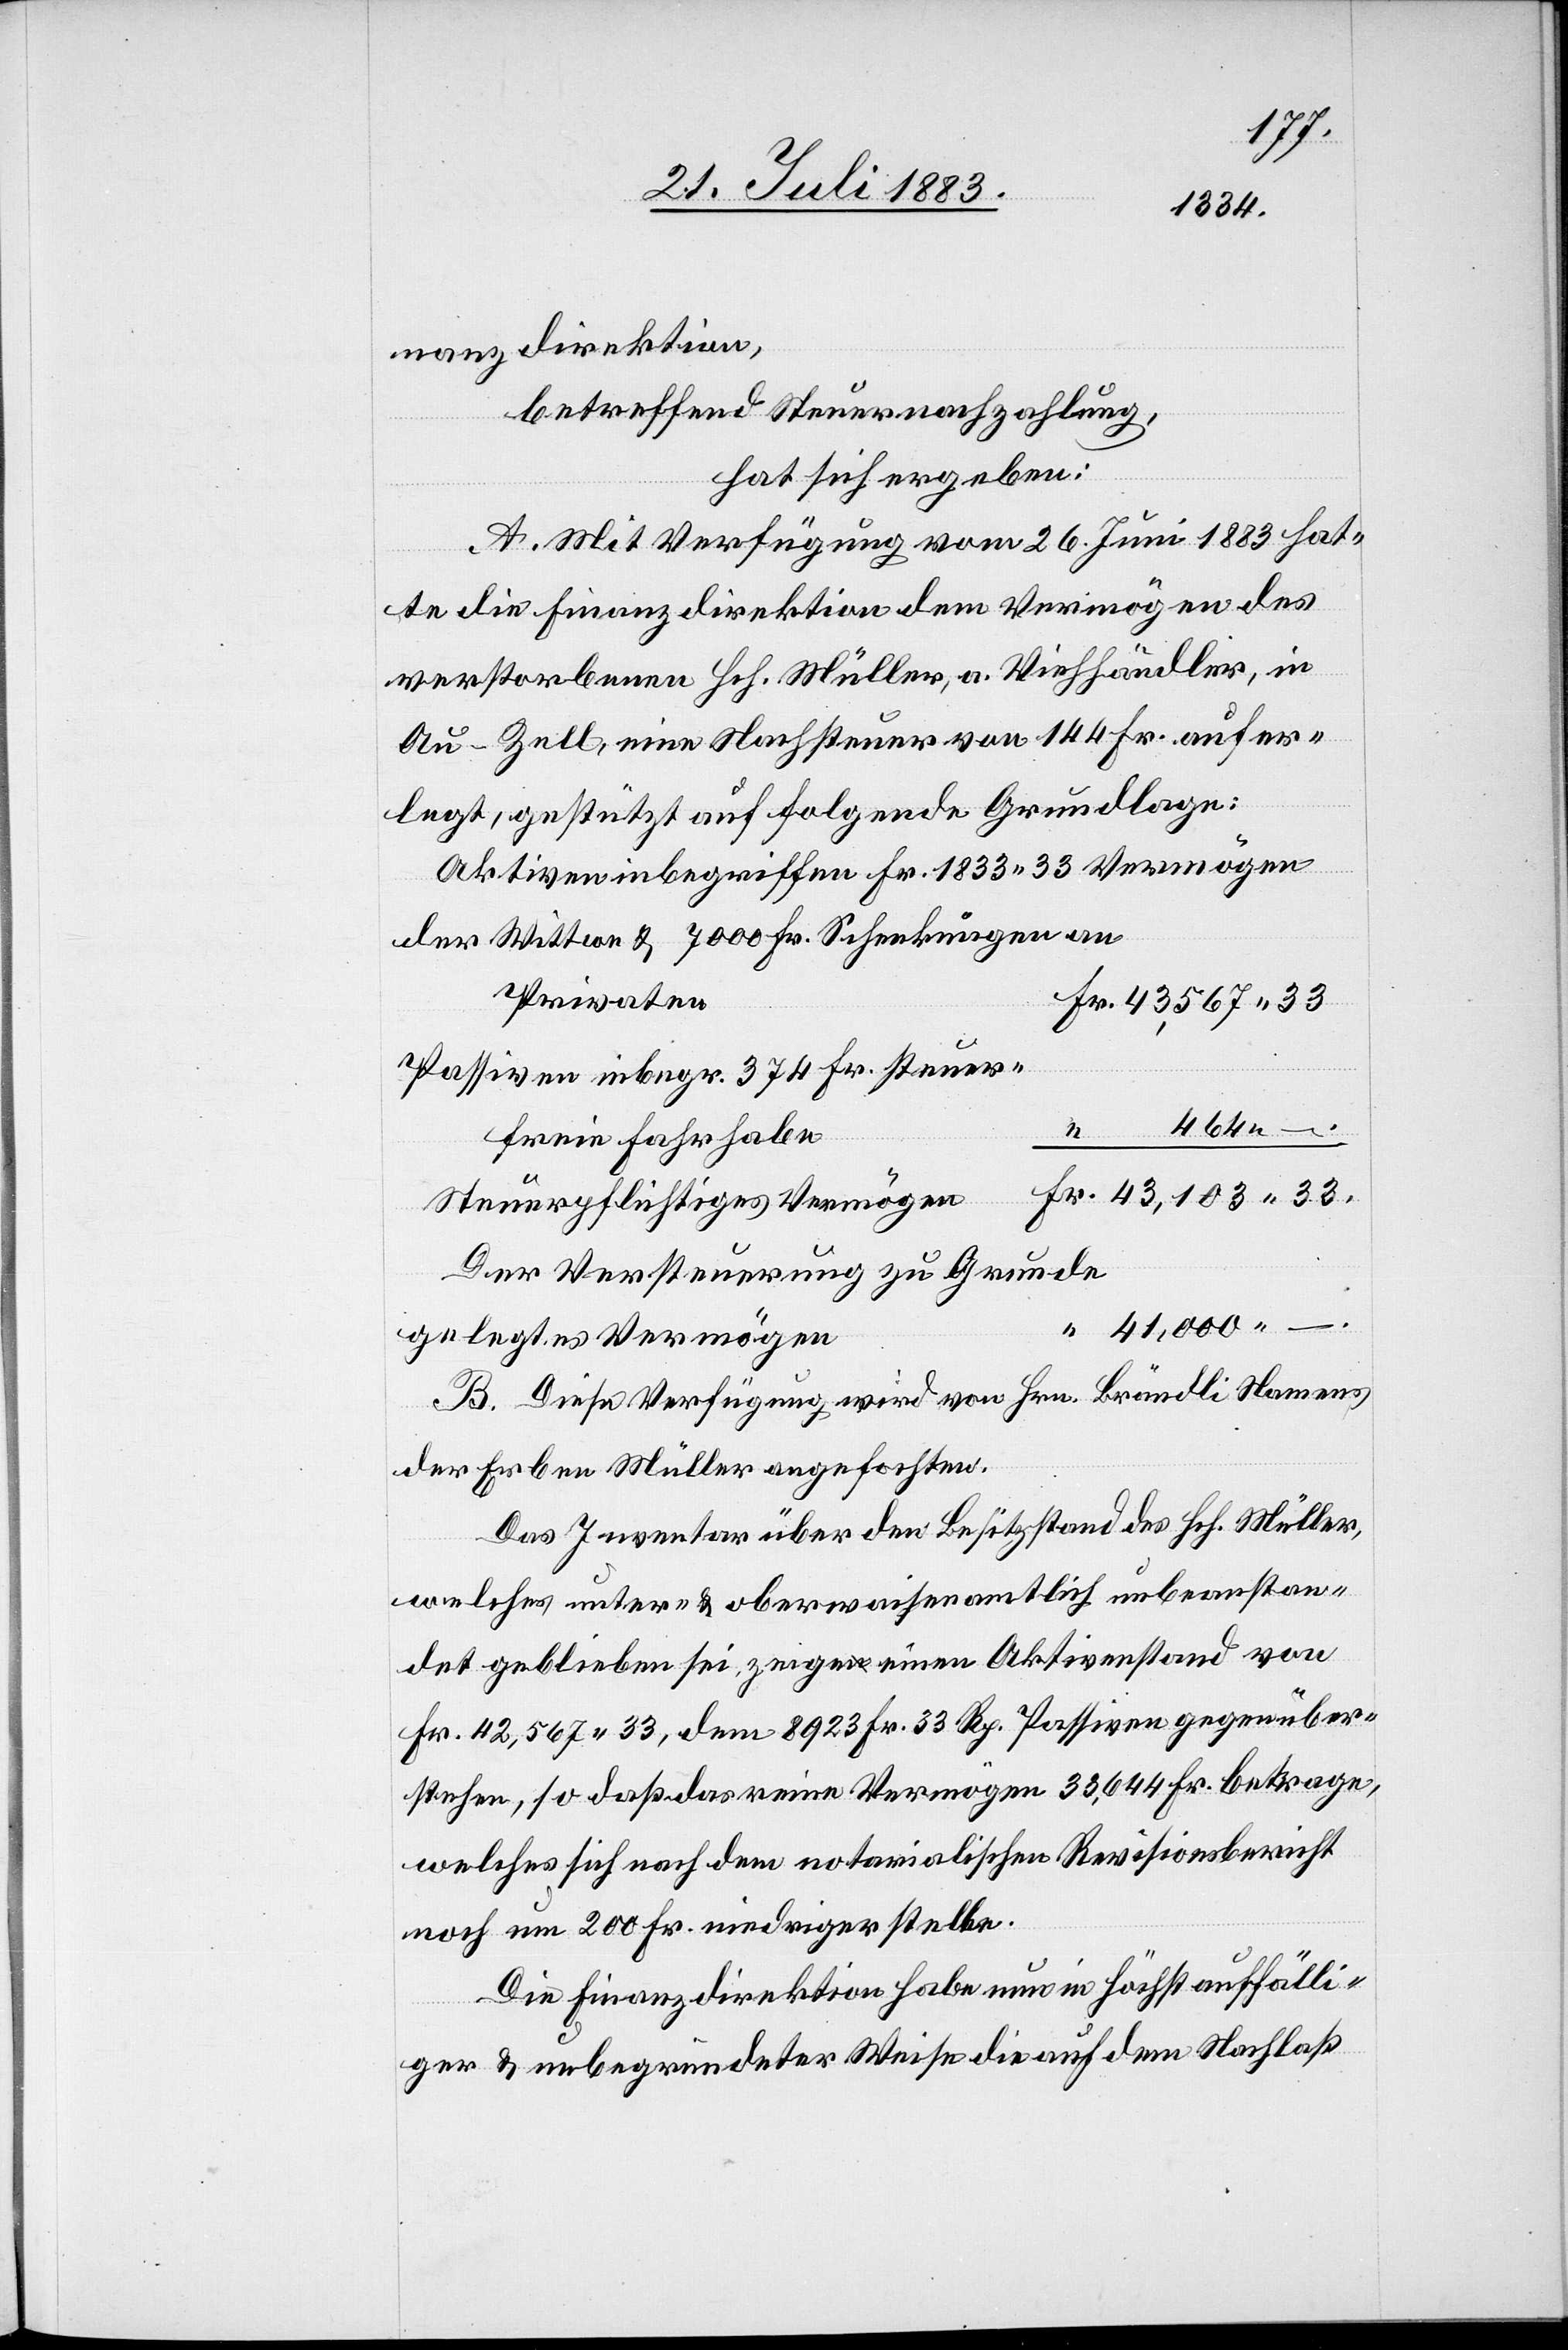
nanzdirektion,
betreffend Steuernachzahlung,
hat sich ergeben:
A. Mit Verfügung vom 26. Juni 1883 hat¬
Fr.
te die Finanzdirektion dem Vermögen des
verstorbenen Hch. Müller, a. Viehhändler, in
Au - Zell, eine Nachsteuer von 144 Fr. aufer¬
legt, gestützt auf folgende Grundlage:
Aktiven inbegriffen Fr. 1833 33 Vermögen
der Wittwe & 7000 Fr. Schenkungen an
Privaten
Passiven inbegr. 374 Fr. steuer¬
464
freie Fahrhabe
Steuerpflichtiges Vermögen
Der Versteuerung zu Grunde
–
41,000
gelegtes Vermögen
B. Diese Verfügung wird von Hrn. Brändli Namens
der Erben Müller angefochten.
Das Inventar über den Besitzstand des Hch. Müller,
welches unter- & oberwaisenamtlich unbeanstan¬
det geblieben sei, zeige einen Aktivenstand von
Fr. 42,567 33, dem 8923 Fr. 33 Rp. Passiven gegenüber¬
stehen, so daß das reine Vermögen 33,644 Fr. betrage,
welches sich nach dem notarialischen Revisionsbericht
noch um 200 Fr. niedriger stelle.
Die Finanzdirektion habe nun in höchst auffälli¬
ger & unbegründeter Weise die auf dem [recte: